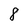
Character: 8